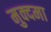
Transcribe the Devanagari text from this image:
मुक्दमा